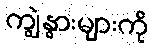
ကျွဲနွားများကို